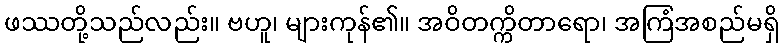
ဖဿတို့သည်လည်း။ ဗဟူ၊ များကုန်၏။ အဝိတက္ကိတာရော၊ အကြံအစည်မရှိ